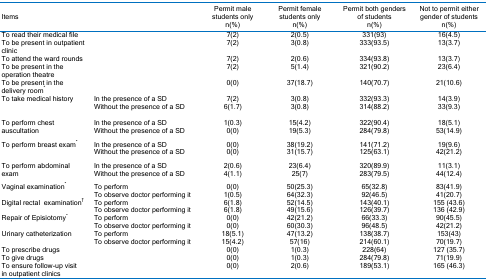
<table><thead><tr><td colspan="2"><b>Items</b></td><td><b>Permit male students onlyn(%)</b></td><td><b>Permit female students onlyn(%)</b></td><td><b>Permit both genders of studentsn(%)</b></td><td><b>Not to permit either gender of studentsn(%)</b></td></tr></thead><tbody><tr><td>To read their medical file</td><td> </td><td>7(2)</td><td>2(0.5)</td><td>331(93)</td><td>16(4.5)</td></tr><tr><td>To be present in outpatient clinic</td><td> </td><td>7(2)</td><td>3(0.8)</td><td>333(93.5)</td><td>13(3.7)</td></tr><tr><td>To attend the ward rounds</td><td> </td><td>7(2)</td><td>2(0.6)</td><td>334(93.8)</td><td>13(3.7)</td></tr><tr><td>To be present in the operation theatre</td><td> </td><td>7(2)</td><td>5(1.4)</td><td>321(90.2)</td><td>23(6.4)</td></tr><tr><td>To be present in the delivery room<sup>*</sup></td><td></td><td>0(0)</td><td>37(18.7)</td><td>140(70.7)</td><td>21(10.6)</td></tr><tr><td rowspan="2">To take medical history</td><td>In the presence of a SD</td><td>7(2)</td><td>3(0.8)</td><td>332(93.3)</td><td>14(3.9)</td></tr><tr><td>Without the presence of a SD</td><td>6(1.7)</td><td>3(0.8)</td><td>314(88.2)</td><td>33(9.3)</td></tr><tr><td rowspan="2">To perform chestauscultation</td><td>In the presence of a SD</td><td>1(0.3)</td><td>15(4.2)</td><td>322(90.4)</td><td>18(5.1)</td></tr><tr><td>Without the presence of a SD</td><td>0(0)</td><td>19(5.3)</td><td>284(79.8)</td><td>53(14.9)</td></tr><tr><td rowspan="2">To perform breast exam<sup>*</sup></td><td>In the presence of a SD</td><td>0(0)</td><td>38(19.2)</td><td>141(71.2)</td><td>19(9.6)</td></tr><tr><td>Without the presence of a SD</td><td>0(0)</td><td>31(15.7)</td><td>125(63.1)</td><td>42(21.2)</td></tr><tr><td rowspan="2">To perform abdominal exam</td><td>In the presence of a SD</td><td>2(0.6)</td><td>23(6.4)</td><td>320(89.9)</td><td>11(3.1)</td></tr><tr><td>Without the presence of a SD</td><td>4(1.1)</td><td>25(7)</td><td>283(79.5)</td><td>44(12.4)</td></tr><tr><td rowspan="2">Vaginal examination<sup>*</sup></td><td>To perform</td><td>0(0)</td><td>50(25.3)</td><td>65(32.8)</td><td>83(41.9)</td></tr><tr><td>To observe doctor performing it</td><td>1(0.5)</td><td>64(32.3)</td><td>92(46.5)</td><td>41(20.7)</td></tr><tr><td rowspan="2">Digital rectalexamination<sup>†</sup></td><td>To perform</td><td>6(1.8)</td><td>52(14.5)</td><td>143(40.1)</td><td>155 (43.6)</td></tr><tr><td>To observe doctor performing it</td><td>6(1.8)</td><td>49(15.6)</td><td>126(39.7)</td><td>136 (42.9)</td></tr><tr><td rowspan="2">Repair of Episiotomy<sup>*</sup></td><td>To perform</td><td>0(0)</td><td>42(21.2)</td><td>66(33.3)</td><td>90(45.5)</td></tr><tr><td>To observe doctor performing it</td><td>0(0)</td><td>60(30.3)</td><td>96(48.5)</td><td>42(21.2)</td></tr><tr><td rowspan="2">Urinary catheterization</td><td>To perform</td><td>18(5.1)</td><td>47(13.2)</td><td>138(38.7)</td><td>153(43)</td></tr><tr><td>To observe doctor performing it</td><td>15(4.2)</td><td>57(16)</td><td>214(60.1)</td><td>70(19.7)</td></tr><tr><td>To prescribe drugs</td><td> </td><td>0(0)</td><td>1(0.3)</td><td>228(64)</td><td>127 (35.7)</td></tr><tr><td>To give drugs</td><td> </td><td>0(0)</td><td>1(0.3)</td><td>284(79.8)</td><td>71(19.9)</td></tr><tr><td>To ensure follow-up visitin outpatient clinics</td><td> </td><td>0(0)</td><td>2(0.6)</td><td>189(53.1)</td><td>165 (46.3)</td></tr></tbody></table>